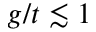
g / t \lesssim 1